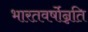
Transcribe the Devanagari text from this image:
भारतवर्षोन्नति